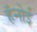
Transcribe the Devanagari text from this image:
हॅनोई